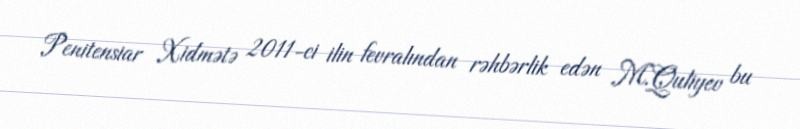
Penitensiar Xidmətə 2011-ci ilin fevralından rəhbərlik edən M.Quliyev bu